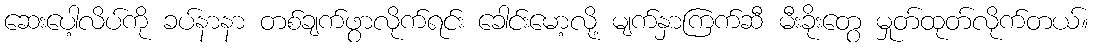
ဆေးပေါ့လိပ်ကို ခပ်နာနာ တစ်ချက်ဖွာလိုက်ရင်း ခေါင်းမော့လို့ မျက်နှာကြက်ဆီ မီးခိုးတွေ မှုတ်ထုတ်လိုက်တယ်။